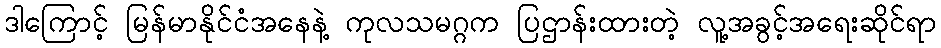
ဒါကြောင့် မြန်မာနိုင်ငံအနေနဲ့ ကုလသမဂ္ဂက ပြဌာန်းထားတဲ့ လူ့အခွင့်အရေးဆိုင်ရာ